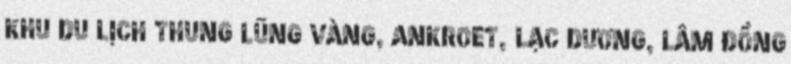
KHU DU LỊCH THUNG LŨNG VÀNG, ANKROET, LẠC DƯƠNG, LÂM ĐỒNG